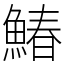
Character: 鰆